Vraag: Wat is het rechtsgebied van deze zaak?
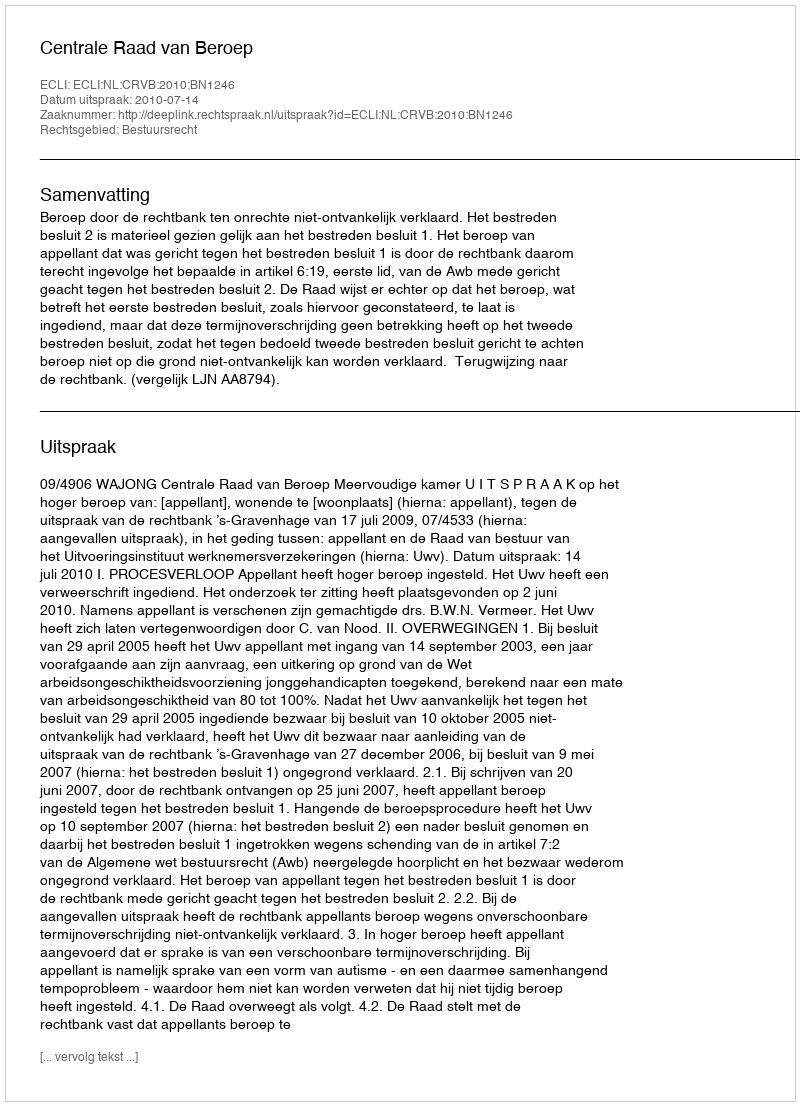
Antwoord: Bestuursrecht